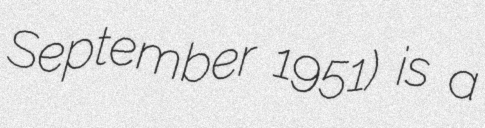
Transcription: September 1951) is a